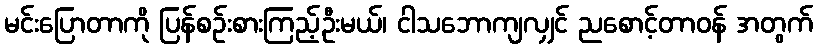
မင်းပြောတာကို ပြန်စဉ်းစားကြည့်ဦးမယ်၊ ငါသဘောကျလျှင် ညစောင့်တာဝန် အတွက်